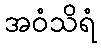
အဝံသိရံ